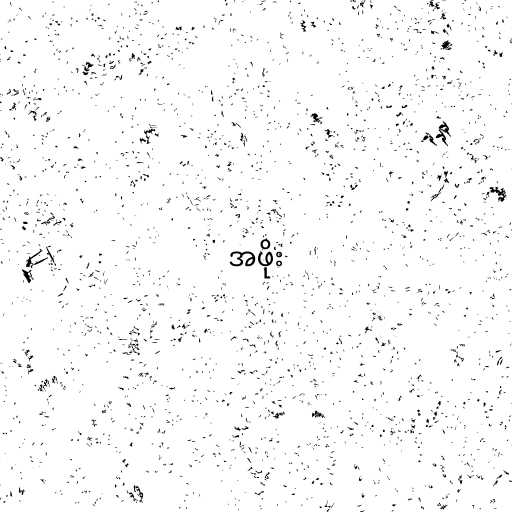
အဖိုး